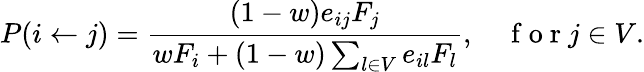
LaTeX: P(i\gets j)=\frac{(1-w)e_{ij}F_{j}}{wF_{i}+(1-w)\sum_{l\in V}e_{il}F_{l}},~~~~\mathrm{~f~o~r~}j\in V.